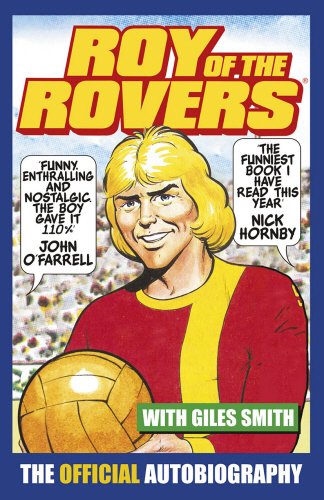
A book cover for Roy of the Rovers: The Official Autobiography of Roy of the Rovers; Roy Race; Biographies & Memoirs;